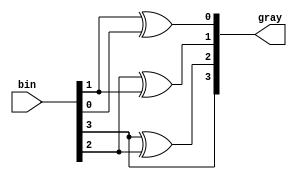
//verilog code for 4-bit Binary to Gray code converter using data flow modeling...

module Binary_Gray_code(bin,gray);
input[3:0]bin;
output[3:0]gray;

assign gray[3]=bin[3];
assign gray[2]=bin[3]^bin[2];
assign gray[1]=bin[2]^bin[1];
assign gray[0]=bin[1]^bin[0];

endmodule